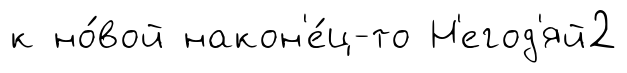
к но́вой након'е́ц-то Н'егод'яй2